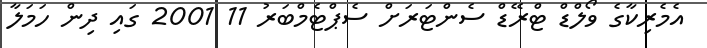
އެމެރިކާގެ ވޯލްޑް ޓްރޭޑް ސެންޓަރަށް ސެޕްޓެމްބަރު 11 2001 ގައި ދިން ހަމަލާ